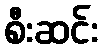
စီးဆင်း